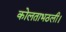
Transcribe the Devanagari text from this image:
कोलताभठली।